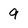
Character: 9